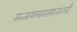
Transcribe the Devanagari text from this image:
मन्मथनामसंवत्सराची